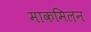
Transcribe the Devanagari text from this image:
माकमिलन